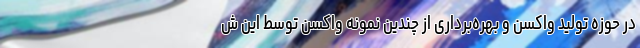
در حوزه تولید واکسن و بهره‌برداری از چندین نمونه واکسن توسط این ش